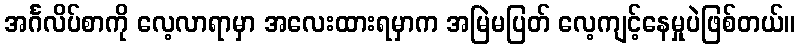
အင်္ဂလိပ်စာကို လေ့လာရာမှာ အလေးထားရမှာက အမြဲမပြတ် လေ့ကျင့်နေမှုပဲဖြစ်တယ်။